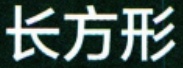
长方形